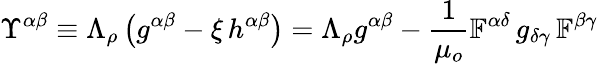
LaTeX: \Upsilon^{\alpha\beta}\equiv\Lambda_{\rho}\left(g^{\alpha\beta}-\xi\, h^{\alpha\beta}\right)=\Lambda_{\rho}g^{\alpha\beta}-\frac{1}{\mu_{o}}\mathbb{F}^{\alpha\delta}\, g_{\delta\gamma}\, \mathbb{F}^{\beta\gamma}